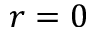
r = 0